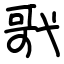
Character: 㢦